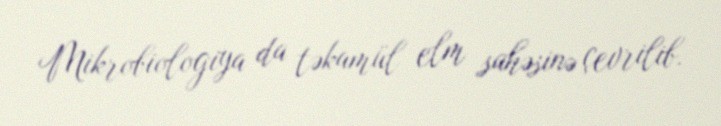
Mikrobiologiya da təkamül elm sahəsinə çevrilib.